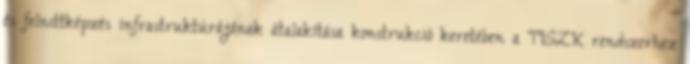
és felnıttképzés infrastruktúrájának átalakítása konstrukció keretében a TISZK rendszerhez